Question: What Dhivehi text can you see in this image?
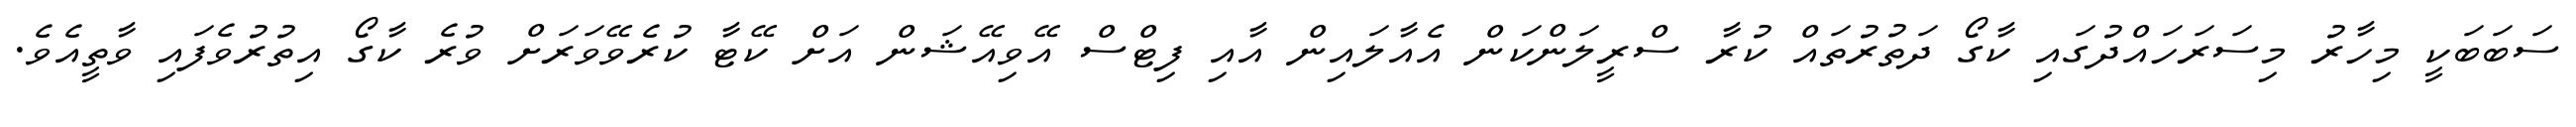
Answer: ސަބަބަކީ މިހާރު މިސަރަހައްދުގައި ކާގޯ ދަތުރުތައް ކުރާ ސްރީލަންކަން އެއާލައިން އާއި ފިޓްސް އޭވިއޭޝަން އަށް ކޭޓާ ކުރެވޭވަރަށް ވުރެ ކާގޯ އިތުރުވެފައި ވާތީއެވެ.